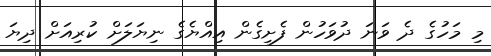
މި މަހުގެ ދެ ވަނަ ދުވަހުން ފެށިގެން އިއްޔެގެ ނިޔަލަށް ކުރިއަށް ދިޔަ